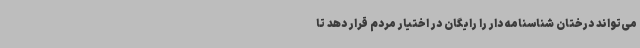
می‌تواند درختان شناسنامه دار را رایگان در اختیار مردم قرار دهد تا